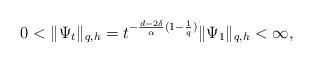
LaTeX: \begin{align*}0<\|\Psi_t\|_{q, h }=t^{-\frac{d-2\delta}{\alpha}(1-\frac{1}{q})}\|\Psi_1\|_{q,h }<\infty,\end{align*}